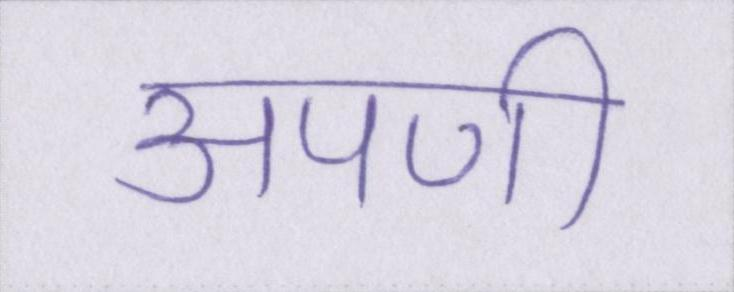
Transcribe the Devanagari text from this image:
अपणी